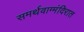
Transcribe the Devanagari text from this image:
समर्थवाग्मंदिरात